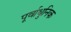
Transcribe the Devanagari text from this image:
पूर्वाधुनिक